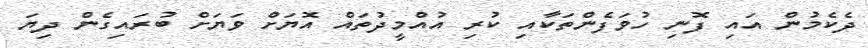
ދެކެމުން އައި ފޮނި ހުވަފެންތަކާއި ކުރި އުއްމީދުތައް އޮޔަށް ވަޔަށް ބުރައިގެން ދިޔަ